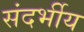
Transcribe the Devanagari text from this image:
संदर्भीय